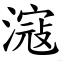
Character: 滱